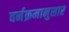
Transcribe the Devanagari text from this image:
वर्नक्रमानुसार